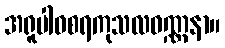
အရူပါဝစရကုသလဝဏ္ဏနာ။